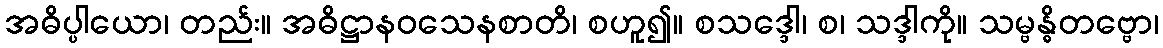
အဓိပ္ပါယော၊ တည်း။ အဓိဋ္ဌာနဝသေနစာတိ၊ စဟူ၍။ စသဒ္ဒေါ၊ စ၊ သဒ္ဒါကို။ သမ္ဗန္ဓိတဗ္ဗော၊